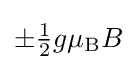
\pm {\tfrac {1}{2}}g\mu _{\rm {B}}B